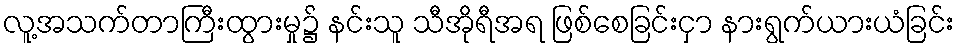
လူ့အသက်တာကြီးထွားမှု၌ နင်းသူ သီအိုရီအရ ဖြစ်စေခြင်းငှာ နားရွက်ယားယံခြင်း